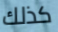
كذلك